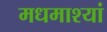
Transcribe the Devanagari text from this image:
मधमाश्यां